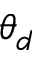
\theta _ { d }